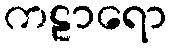
ကဠာရော